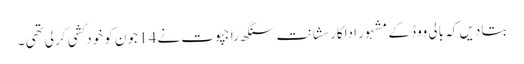
بتادیں کہ بالی ووڈ کے مشہور اداکار سشانت سنگھ راجپوت نے 14 جون کو خودکشی کرلی تھی ۔